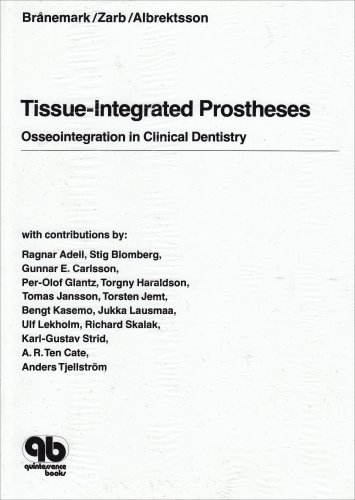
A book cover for Tissue Integrated Prostheses; Branemark; Medical Books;